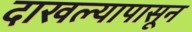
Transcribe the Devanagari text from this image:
दाखल्यापासून